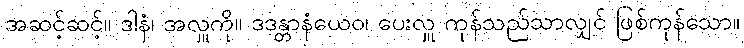
အဆင့်ဆင့်။ ဒါနံ၊ အလှူကို။ ဒဒန္တာနံယေဝ၊ ပေးလှူ ကုန်သည်သာလျှင် ဖြစ်ကုန်သော။